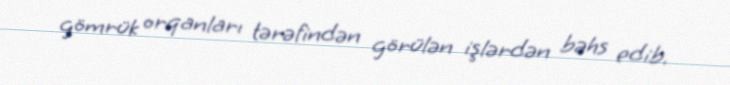
gömrük orqanları tərəfindən görülən işlərdən bəhs edib.